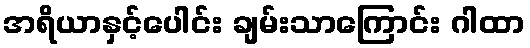
အရိယာနှင့်ပေါင်း ချမ်းသာကြောင်း ဂါထာ